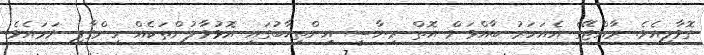
ގޮވާލިއެވެ. ރާއްޖޭގެ އެއަހަރު ބާއްވަން އޮތް ރިޔާސީ އިންތިޚާބުގައި އޮޅުވާލުންތަކެއް ހިންގާފި ނަމައެވެ.